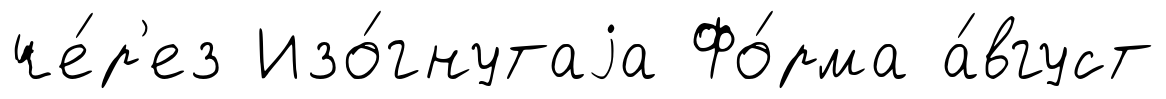
че́р'ез Изо́гнутаjа Фо́рма а́вгуст